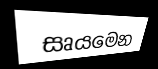
සෘයමෙන